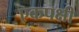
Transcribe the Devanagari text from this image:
एकपक्षी